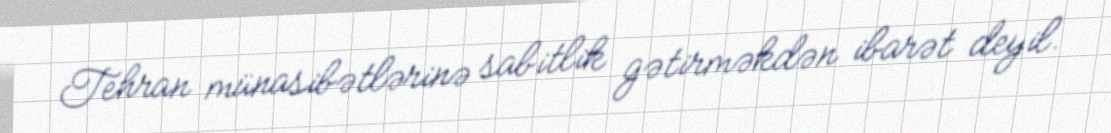
Tehran münasibətlərinə sabitlik gətirməkdən ibarət deyil.